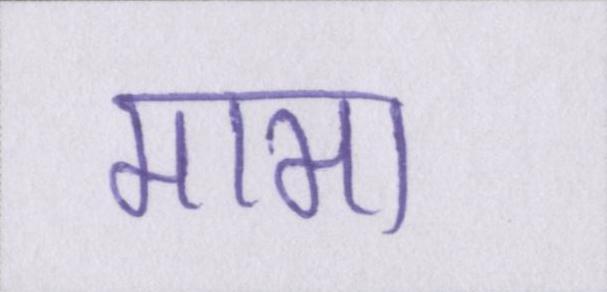
मामा